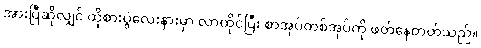
အားပြီဆိုလျှင် ထိုစားပွဲလေးနားမှာ လာထိုင်ပြီး စာအုပ်တစ်အုပ်ကို ဖတ်နေတတ်သည်။